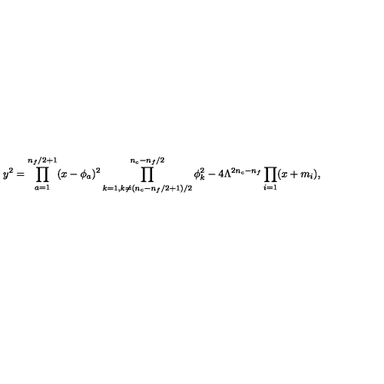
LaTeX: y ^ { 2 } = \prod _ { a = 1 } ^ { n _ { f } / 2 + 1 } ( x - \phi _ { a } ) ^ { 2 } \prod _ { k = 1 , k \neq ( n _ { c } - n _ { f } / 2 + 1 ) / 2 } ^ { n _ { c } - n _ { f } / 2 } \phi _ { k } ^ { 2 } - 4 \Lambda ^ { 2 n _ { c } - n _ { f } } \prod _ { i = 1 } ( x + m _ { i } ) ,